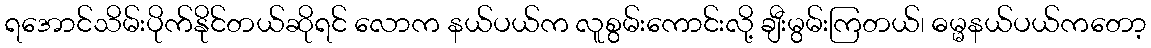
ရအောင်သိမ်းပိုက်နိုင်တယ်ဆိုရင် လောက နယ်ပယ်က လူစွမ်းကောင်းလို့ ချီးမွမ်းကြတယ်၊ ဓမ္မနယ်ပယ်ကတော့